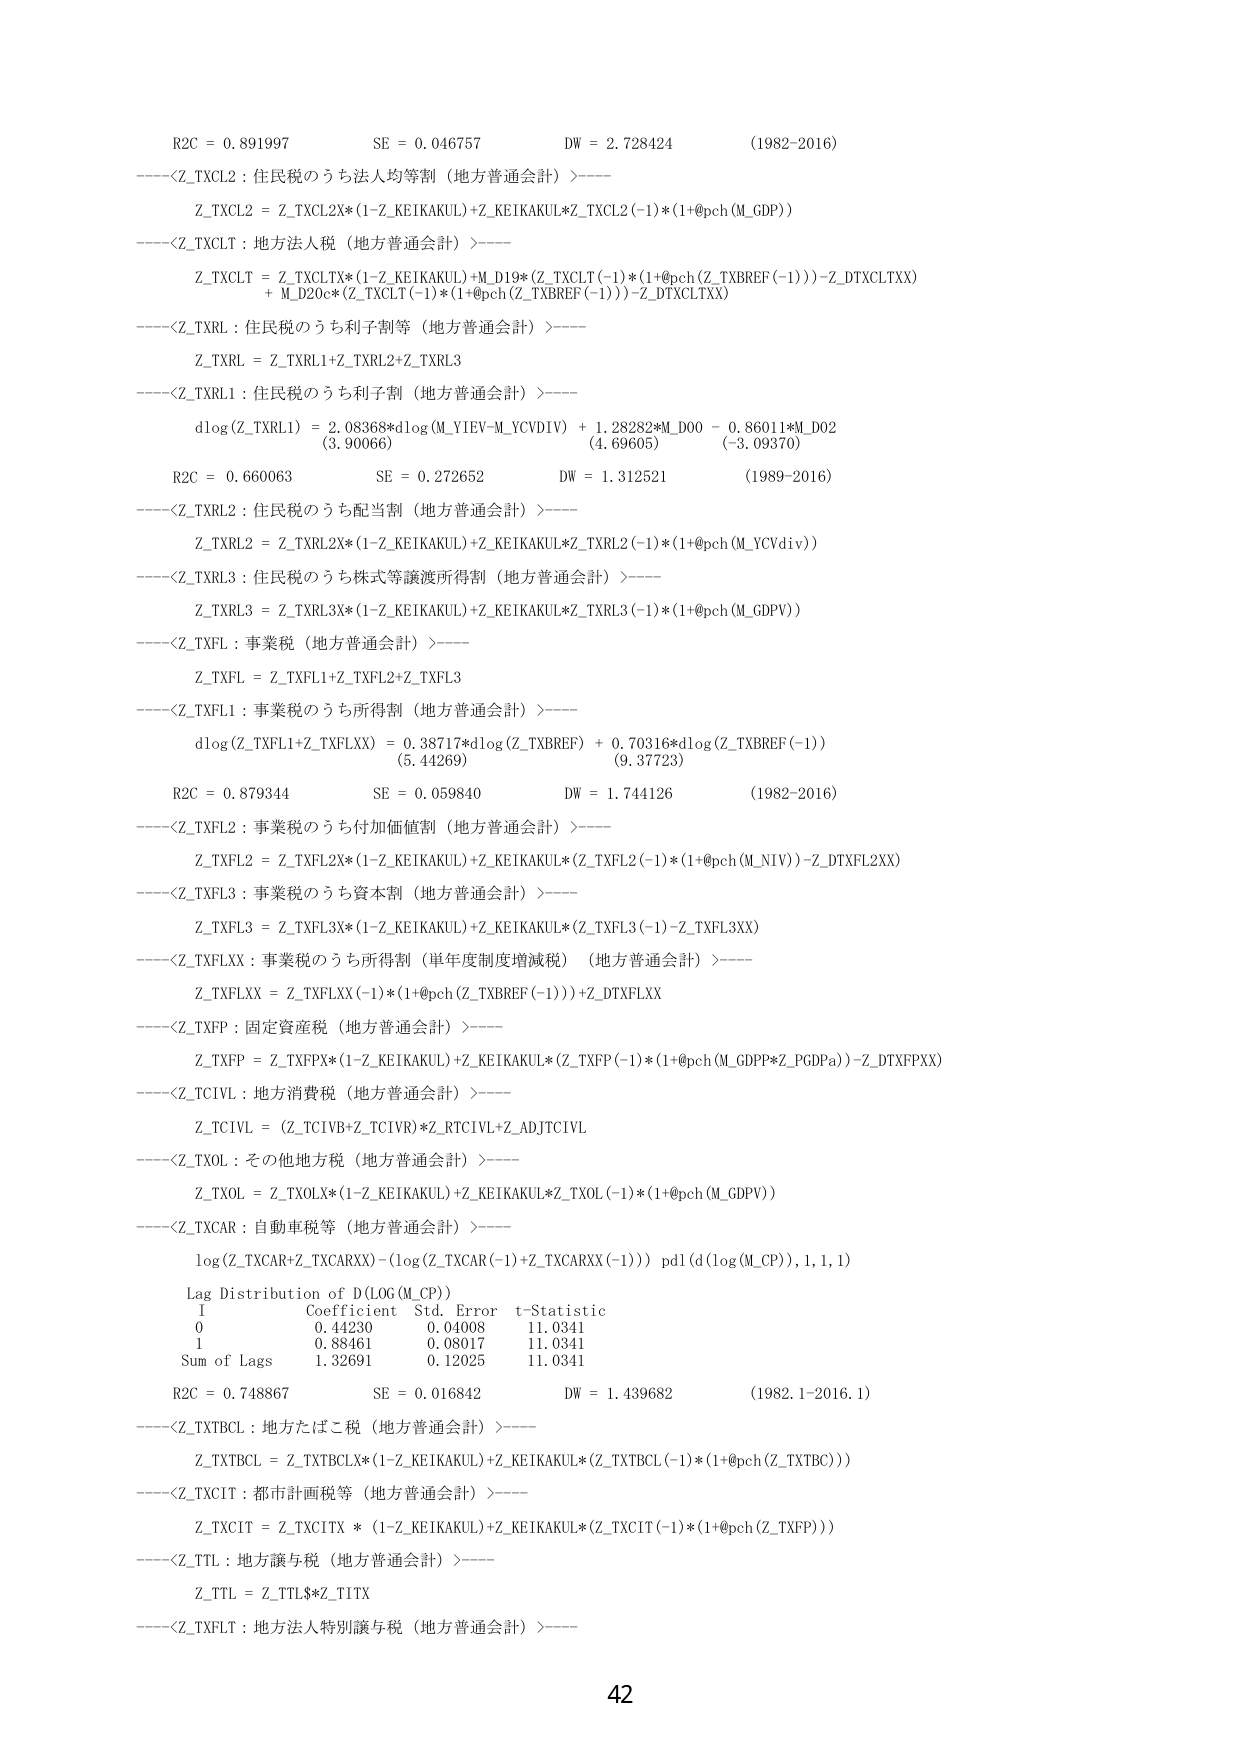
R2C = 0.891997          SE = 0.046757          DW = 2.728424          (1982-2016)
----<Z_TXCL2 : 住民税のうち法人均等割（地方普通会計）>----
Z_TXCL2 = Z_TXCL2X*(1-Z_KEIKAKUL)+Z_KEIKAKUL*Z_TXCL2(-1)*(1+@pch(M_GDP))
----<Z_TXCLT : 地方法人税（地方普通会計）>----
Z_TXCLT = Z_TXCLTX*(1-Z_KEIKAKUL)+M_D19*(Z_TXCLT(-1)*(1+@pch(Z_TXBREF(-1)))-Z_DTXCLTXX)
          + M_D20c*(Z_TXCLT(-1)*(1+@pch(Z_TXBREF(-1)))-Z_DTXCLTXX)
----<Z_TXRL : 住民税のうち利子割等（地方普通会計）>----
Z_TXRL = Z_TXRL1+Z_TXRL2+Z_TXRL3
----<Z_TXRL1 : 住民税のうち利子割（地方普通会計）>----
dlog(Z_TXRL1) = 2.08368*dlog(M_YIEV-M_YCVDIV) + 1.28282*M_D00 - 0.86011*M_D02
               (3.90066)                     (4.69605)               (-3.09370)
R2C = 0.660063          SE = 0.272652          DW = 1.312521          (1989-2016)
----<Z_TXRL2 : 住民税のうち配当割（地方普通会計）>----
Z_TXRL2 = Z_TXRL2X*(1-Z_KEIKAKUL)+Z_KEIKAKUL*Z_TXRL2(-1)*(1+@pch(M_YCVdiv))
----<Z_TXRL3 : 住民税のうち株式等譲渡所得割（地方普通会計）>----
Z_TXRL3 = Z_TXRL3X*(1-Z_KEIKAKUL)+Z_KEIKAKUL*Z_TXRL3(-1)*(1+@pch(M_GDPV))
----<Z_TXFL : 事業税（地方普通会計）>----
Z_TXFL = Z_TXFL1+Z_TXFL2+Z_TXFL3
----<Z_TXFL1 : 事業税のうち所得割（地方普通会計）>----
dlog(Z_TXFL1+Z_TXFLXX) = 0.38717*dlog(Z_TXBREF) + 0.70316*dlog(Z_TXBREF(-1))
                        (5.44269)                     (9.37723)
R2C = 0.879344          SE = 0.059840          DW = 1.744126          (1982-2016)
----<Z_TXFL2 : 事業税のうち付加価値割（地方普通会計）>----
Z_TXFL2 = Z_TXFL2X*(1-Z_KEIKAKUL)+Z_KEIKAKUL*(Z_TXFL2(-1)*(1+@pch(M_NIV))-Z_DTXFL2XX)
----<Z_TXFL3 : 事業税のうち資本割（地方普通会計）>----
Z_TXFL3 = Z_TXFL3X*(1-Z_KEIKAKUL)+Z_KEIKAKUL*(Z_TXFL3(-1)-Z_TXFL3XX)
----<Z_TXFLXX : 事業税のうち所得割（単年度制度増減税）（地方普通会計）>----
Z_TXFLXX = Z_TXFLXX(-1)*(1+@pch(Z_TXBREF(-1)))+Z_DTXFLXX
----<Z_TXFP : 固定資産税（地方普通会計）>----
Z_TXFP = Z_TXFPX*(1-Z_KEIKAKUL)+Z_KEIKAKUL*(Z_TXFP(-1)*(1+@pch(M_GDPP*Z_PGDPa))-Z_DTXFPXX)
----<Z_TCIVL : 地方消費税（地方普通会計）>----
Z_TCIVL = (Z_TCIVB+Z_TCIVR)*Z_RTCIVL+Z_ADJTCIVL
----<Z_TXOL : その他地方税（地方普通会計）>----
Z_TXOL = Z_TXOLX*(1-Z_KEIKAKUL)+Z_KEIKAKUL*Z_TXOL(-1)*(1+@pch(M_GDPV))
----<Z_TXCAR : 自動車税等（地方普通会計）>----
log(Z_TXCAR+Z_TXCARXX)-(log(Z_TXCAR(-1)+Z_TXCARXX(-1))) pdl(d(log(M_CP)),1,1,1)
Lag Distribution of D(LOG(M_CP))
1     Coefficient    Std. Error    t-Statistic
0     0.44230        0.04008       11.0341
1     0.88461        0.08017       11.0341
Sum of Lags        1.32691        0.12025       11.0341
R2C = 0.748867          SE = 0.016842          DW = 1.439682          (1982.1-2016.1)
----<Z_TXTBCL : 地方たばこ税（地方普通会計）>----
Z_TXTBCL = Z_TXTBCLX*(1-Z_KEIKAKUL)+Z_KEIKAKUL*(Z_TXTBCL(-1)*(1+@pch(Z_TXTBC)))
----<Z_TXCIT : 都市計画税等（地方普通会計）>----
Z_TXCIT = Z_TXCITX * (1-Z_KEIKAKUL)+Z_KEIKAKUL*(Z_TXCIT(-1)*(1+@pch(Z_TXFP)))
----<Z_TTL : 地方譲与税（地方普通会計）>----
Z_TTL = Z_TTL$*Z_TITX
----<Z_TXFLT : 地方法人特別譲与税（地方普通会計）>----

42